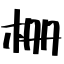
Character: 栅